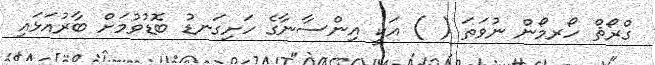
ގްރޯޘް ހޯރމޯން ނުވަތަ ( ) އަކީ އިންސާނާގެ ހަށިގަނޑު ބޮޑުވުމަށް ބާރުއަޅައި